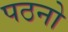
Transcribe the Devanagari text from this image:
पठनो